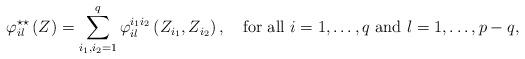
LaTeX: \begin{align*}\varphi_{il}^{\star \star}\left(Z\right)=\displaystyle\sum_{i_{1},i_{2}=1}^{q}\varphi_{i l}^{i_{1}i_{2}}\left(Z_{i_{1}},Z_{i_{2}}\right),\quad\mbox{for all $i=1,\dots,q$ and $l=1,\dots,p-q$},\end{align*}